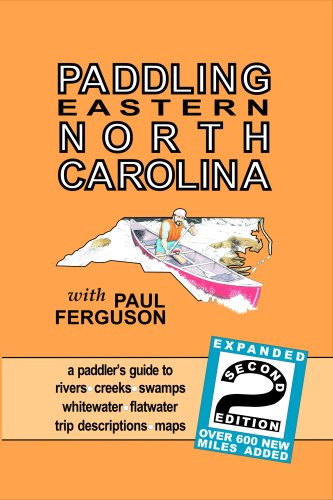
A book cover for Paddling Eastern North Carolina; Paul G. Ferguson; Sports & Outdoors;